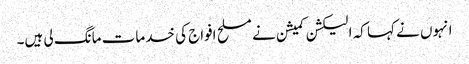
انہوں نے کہا کہ الیکشن کمیشن نے مسلح افواج کی خدمات مانگ لی ہیں۔